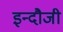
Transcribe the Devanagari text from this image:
इन्दौजी